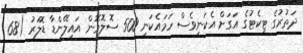
ދަތުރުގެ ޓިކެޓުގެ އަގަށް އެކަނިވެސް ހަމައެކަނި 500 ސޮލޮމޮން އައިލޭންޑާ ޑޮލަރު (68